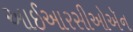
આઈઆરસીઓઍન